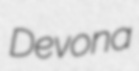
Devona